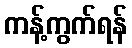
ကန့်ကွက်ရန်